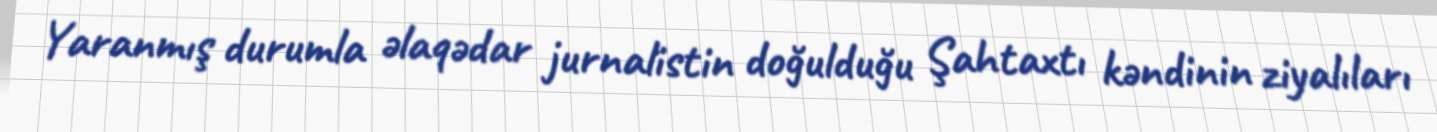
Yaranmış durumla əlaqədar jurnalistin doğulduğu Şahtaxtı kəndinin ziyalıları